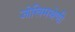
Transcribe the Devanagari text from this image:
जोखिमश्रेणी